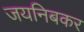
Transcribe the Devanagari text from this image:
जयनिबकर